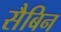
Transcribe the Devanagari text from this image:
सैबिन